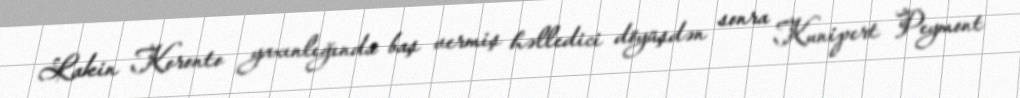
Lakin Koronto yaxınlığında baş vermiş həlledici döyüşdən sonra Kunipert Peymont